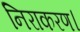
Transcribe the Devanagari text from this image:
निराकरण।